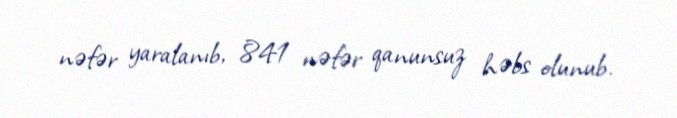
nəfər yaralanıb, 841 nəfər qanunsuz həbs olunub.